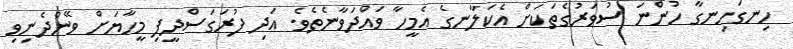
ހިނގަހިނގާ ހުންނަ ސުވަރުގެތަކަށް އެކަލާނގެ އެމީހާ ވައްދަވާނެތެވެ. އަދި ފުރަގަސްދީފި މީހާޔަށް ވޭންދެނިވި